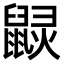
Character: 𪕠